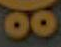
oo